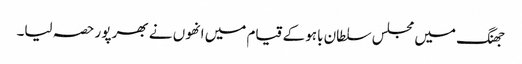
جھنگ میں مجلس سلطان باہو کے قیام میں انھوں نے بھر پور حصہ لیا۔